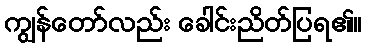
ကျွန်တော်လည်း ခေါင်းညိတ်ပြရ၏။